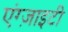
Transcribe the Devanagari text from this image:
एंग्ज़ाइटी